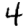
Digit: 4